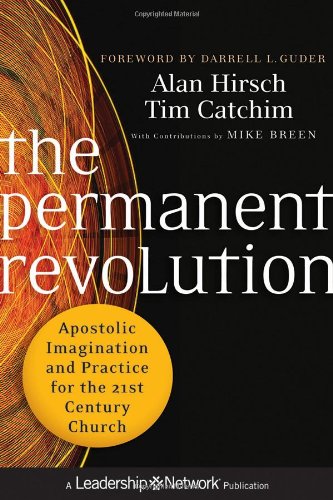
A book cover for The Permanent Revolution: Apostolic Imagination and Practice for the 21st Century Church; Alan Hirsch; Christian Books & Bibles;